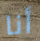
أنا